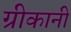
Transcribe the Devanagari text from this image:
ग्रीकानी